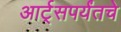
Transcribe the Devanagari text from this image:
आर्ट्‌सपर्यंतचे